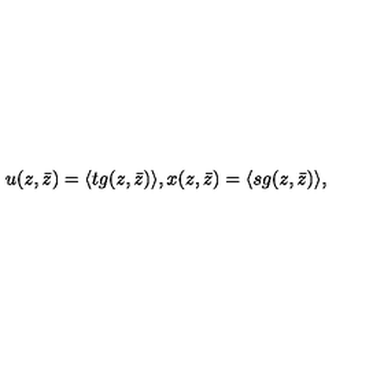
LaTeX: u ( z , \bar { z } ) = \langle t g ( z , \bar { z } ) \rangle , x ( z , \bar { z } ) = \langle s g ( z , \bar { z } ) \rangle ,